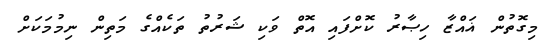
މިގޮތުން ޣައްޒާ ހިޞާރު ކޮށްފައި އޮތް ވަކި ޝަރުތު ތަކެއްގެ މަތިން ނިމުމަކަށް